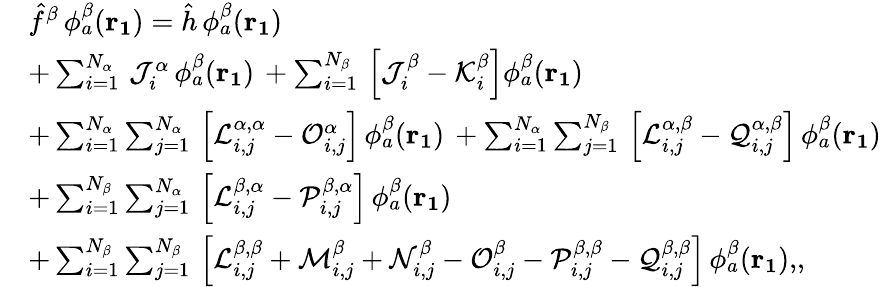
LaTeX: \begin{array}{rl}&{\hat{f}^{\beta}\, \phi_{a}^{\beta}(\mathbf{r_{1}})=\hat{h}\, \phi_{a}^{\beta}(\mathbf{r_{1}})}\\ &{+\sum_{i=1}^{N_{\alpha}}\, \mathcal{J}_{i}^{\alpha}\, \phi_{a}^{\beta}(\mathbf{r_{1}})\, +\sum_{i=1}^{N_{\beta}}\, \left[\mathcal{J}_{i}^{\beta}-\mathcal{K}_{i}^{\beta}\right]\phi_{a}^{\beta}(\mathbf{r_{1}})}\\ &{+\sum_{i=1}^{N_{\alpha}}\sum_{j=1}^{N_{\alpha}}\, \left[\mathcal{L}_{i,j}^{\alpha,\alpha}-\mathcal{O}_{i,j}^{\alpha}\right]\, \phi_{a}^{\beta}(\mathbf{r_{1}})\, +\sum_{i=1}^{N_{\alpha}}\sum_{j=1}^{N_{\beta}}\, \left[\mathcal{L}_{i,j}^{\alpha,\beta}-\mathcal{Q}_{i,j}^{\alpha,\beta}\right]\, \phi_{a}^{\beta}(\mathbf{r_{1}})}\\ &{+\sum_{i=1}^{N_{\beta}}\sum_{j=1}^{N_{\alpha}}\, \left[\mathcal{L}_{i,j}^{\beta,\alpha}-\mathcal{P}_{i,j}^{\beta,\alpha}\right]\, \phi_{a}^{\beta}(\mathbf{r_{1}})}\\ &{+\sum_{i=1}^{N_{\beta}}\sum_{j=1}^{N_{\beta}}\, \left[\mathcal{L}_{i,j}^{\beta,\beta}+\mathcal{M}_{i,j}^{\beta}+\mathcal{N}_{i,j}^{\beta}-\mathcal{O}_{i,j}^{\beta}-\mathcal{P}_{i,j}^{\beta,\beta}-\mathcal{Q}_{i,j}^{\beta,\beta}\right]\, \phi_{a}^{\beta}(\mathbf{r_{1}})\mathrm{,}\mathrm{,}}\end{array}